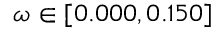
\omega \in [ 0 . 0 0 0 , 0 . 1 5 0 ]